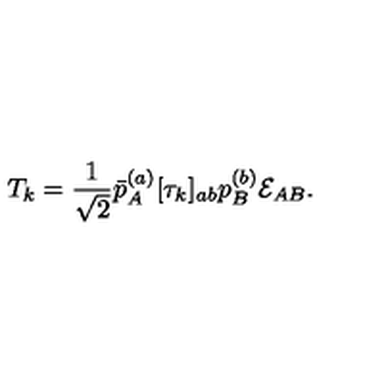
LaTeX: T _ { k } = { \frac { 1 } { \sqrt { 2 } } } \bar { p } _ { A } ^ { ( a ) } [ \tau _ { k } ] _ { a b } p _ { B } ^ { ( b ) } { \cal E } _ { A B } .